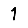
Digit: 1